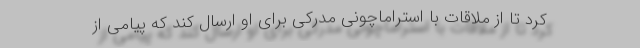
کرد تا از ملاقات با استراماچونی مدرکی برای او ارسال کند که پیامی از